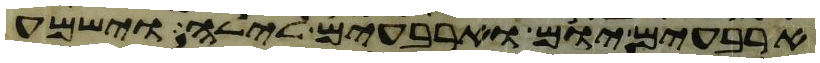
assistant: ארבעים יום וארבעים לילה וישמע